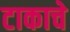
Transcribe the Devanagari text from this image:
टाकाचे